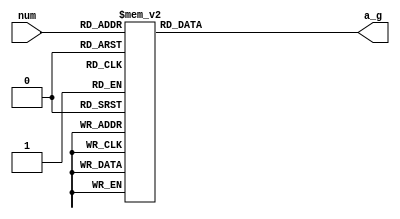
//2022-05-16  
//

`timescale 1 ns/10 ps 
module seg_dec(num,a_g  );

input [3:0]  num;

output[6:0]  a_g;
reg[6:0]     a_g;

/***

 _
|_|
|_|


***/


always@(num) begin
		case(num)
		4'd0:begin a_g<=7'b111_1110;end
		4'd1:begin a_g<=7'b011_0000;end
		4'd2:begin a_g<=7'b110_1101;end
		4'd3:begin a_g<=7'b111_1001;end
		4'd4:begin a_g<=7'b011_0011;end
		4'd5:begin a_g<=7'b101_1011;end
		4'd6:begin a_g<=7'b101_1111;end
		4'd7:begin a_g<=7'b111_0000;end
		4'd8:begin a_g<=7'b111_1111;end
		4'd9:begin a_g<=7'b111_1011;end

		default:begin a_g<=7'b000_0001;end
		endcase 
	end
endmodule